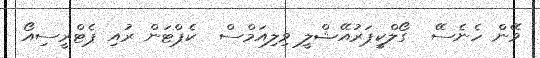
ވޭން ހެނެސޭ  ގޯލްކީޕަރުއޭޝްލީ ވިލިއަމްސް  ކެޕްޓަން ރުއި ޕެޓްރީސިއޯ